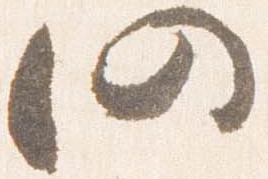
仍